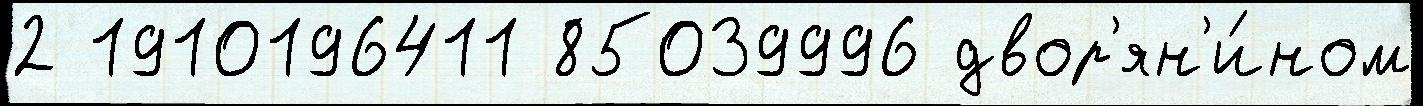
2 1910196411 85039996 двор'ян'и́ном